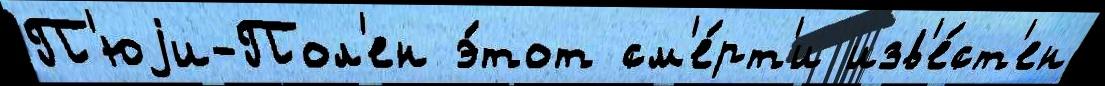
П'юjи-Пол'ен э́тот см'е́рт'и изв'е́ст'ен